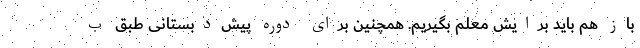
باز هم باید برایش معلم بگیریم. همچنین برای دوره پیش‌دبستانی طبق ب